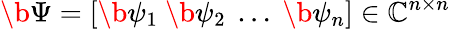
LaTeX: \b{\Psi}=[\b{\psi}_{1}\ \b{\psi}_{2}\ \dotsc\ \b{\psi}_{n}]\in\mathbb{C}^{n\times n}